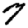
Digit: 7